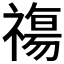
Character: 𥛙